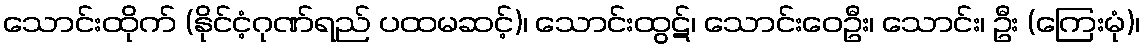
သောင်းထိုက် (နိုင်ငံ့ဂုဏ်ရည် ပထမဆင့်)၊ သောင်းထွဋ်၊ သောင်းဝေဦး၊ သောင်း၊ ဦး (ကြေးမုံ)၊